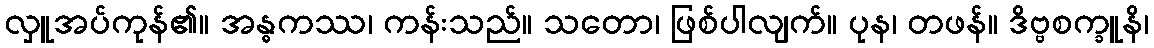
လှူအပ်ကုန်၏။ အန္ဓကဿ၊ ကန်းသည်။ သတော၊ ဖြစ်ပါလျက်။ ပုန၊ တဖန်။ ဒိဗ္ဗစက္ခူနိ၊